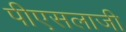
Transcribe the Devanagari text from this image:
पीएसलाजी